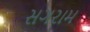
સગરામ